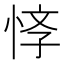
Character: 𢚙